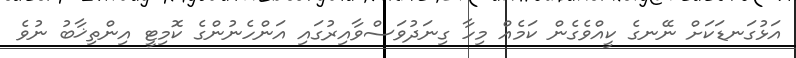
އަޅުގަނޑަކަށް ނޭނގެ ކީއްވެގެން ކަމެއް މިހާ ގިނަދުވަސްވާއިރުގައި އަންހެނުންގެ ކޮމިޓީ އިންތިޚާބު ނުވެ